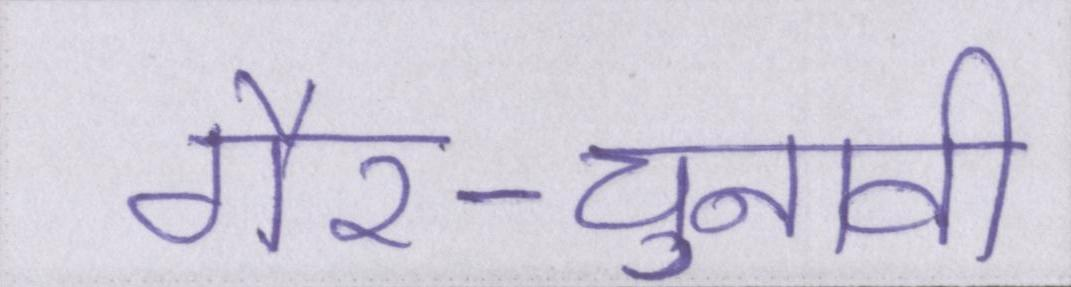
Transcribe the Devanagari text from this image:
गैर-चुनावी